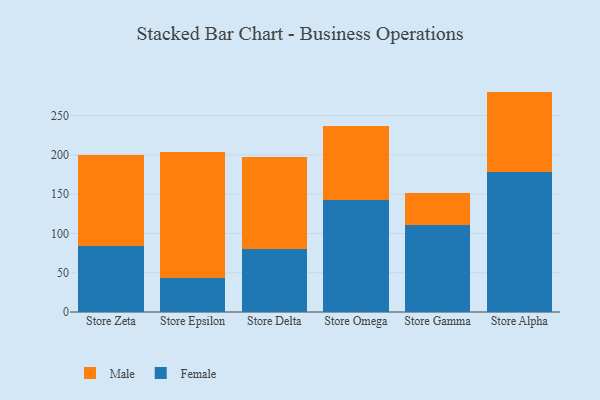
{"axis": {"x": "Store", "y": "Tickets Resolved"}, "legend": ["Female", "Male"], "data": [{"x": "Store Zeta", "y": 84.3, "type": "Female"}, {"x": "Store Zeta", "y": 115.7, "type": "Male"}, {"x": "Store Epsilon", "y": 42.7, "type": "Female"}, {"x": "Store Epsilon", "y": 160.6, "type": "Male"}, {"x": "Store Delta", "y": 80.7, "type": "Female"}, {"x": "Store Delta", "y": 117.1, "type": "Male"}, {"x": "Store Omega", "y": 143.1, "type": "Female"}, {"x": "Store Omega", "y": 94.1, "type": "Male"}, {"x": "Store Gamma", "y": 110.8, "type": "Female"}, {"x": "Store Gamma", "y": 40.6, "type": "Male"}, {"x": "Store Alpha", "y": 178.2, "type": "Female"}, {"x": "Store Alpha", "y": 102.4, "type": "Male"}]}